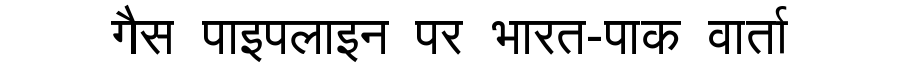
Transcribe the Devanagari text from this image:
गैस पाइपलाइन पर भारत-पाक वार्ता